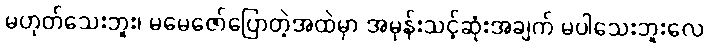
မဟုတ်သေးဘူး၊ မမေဇော်ပြောတဲ့အထဲမှာ အမုန်းသင့်ဆုံးအချက် မပါသေးဘူးလေ